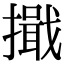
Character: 擑